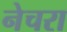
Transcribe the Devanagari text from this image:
नेचरा